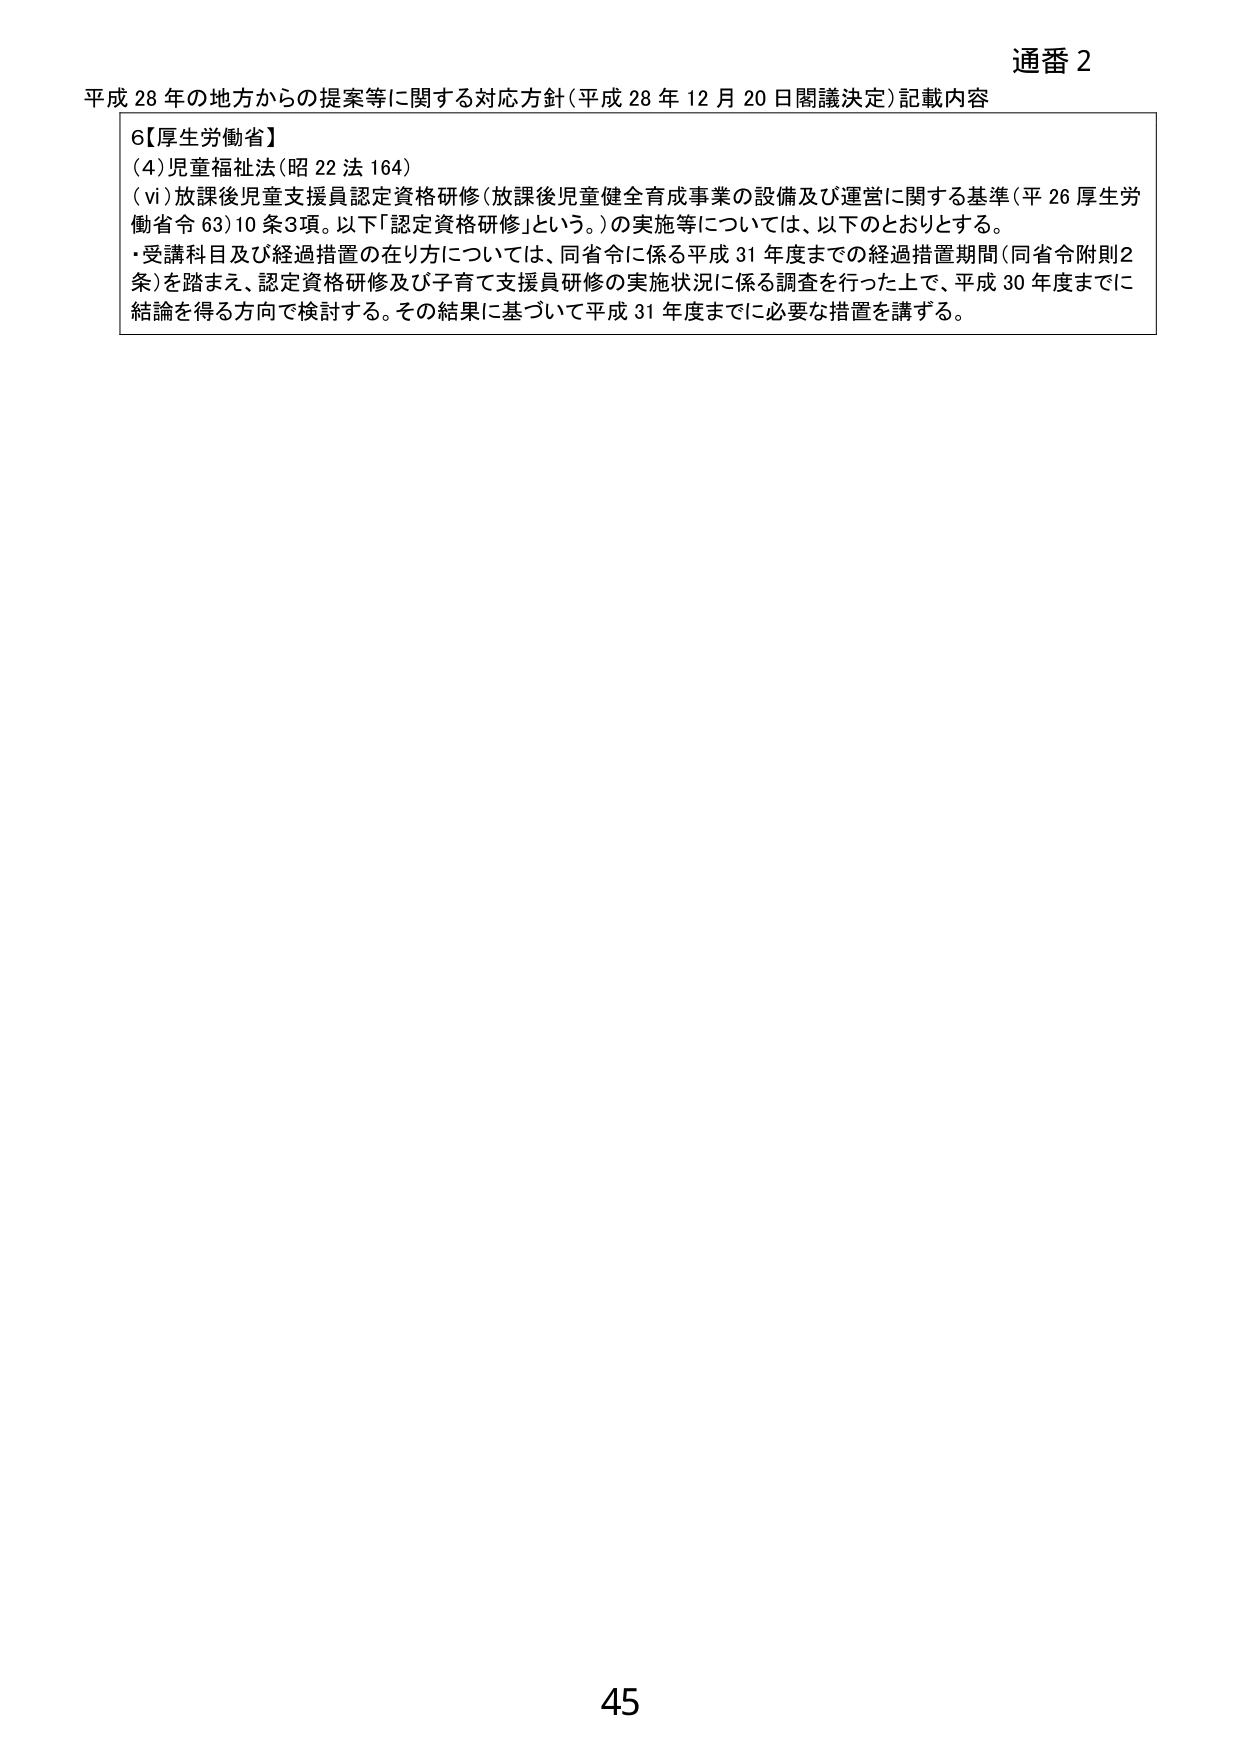
通番 2
平成 28 年の地方からの提案等に関する対応方針（平成 28 年 12 月 20 日閣議決定）記載内容

6【厚生労働省】
(4) 児童福祉法（昭 22 法 164）
（ⅵ）放課後児童支援員認定資格研修（放課後児童健全育成事業の設備及び運営に関する基準（平 26 厚生労働省令 63）10 条3項。以下「認定資格研修」という。）の実施等については、以下のとおりとする。
・受講科目及び経過措置の在り方については、同省令に係る平成 31 年度までの経過措置期間（同省令附則2条）を踏まえ、認定資格研修及び子育て支援員研修の実施状況に係る調査を行った上で、平成 30 年度までに結論を得る方向で検討する。その結果に基づいて平成 31 年度までに必要な措置を講ずる。

45